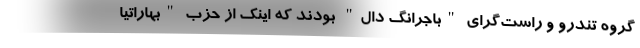
گروه تندرو و راست‌گرای "باجرانگ دال" بودند که اینک از حزب "بهاراتیا